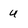
Character: u